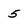
Character: 5